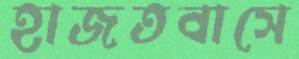
হাজতবাসে